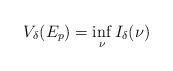
LaTeX: \begin{align*} V_\delta(E_p) = \inf_{\nu} I_\delta(\nu)\end{align*}